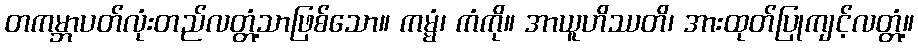
တကမ္ဘာပတ်လုံးတည်လတ္တံ့သာဖြစ်သော။ ကမ္မံ၊ ကံကို။ အာယူဟိဿတိ၊ အားထုတ်ပြုကျင့်လတ္တံ့။